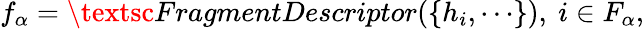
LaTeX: f_{\alpha}=\textsc{FragmentDescriptor}(\{ h_{i},\cdots\} ),\ i\in F_{\alpha},